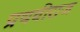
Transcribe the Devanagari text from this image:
प्रथवीराज